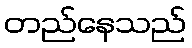
တည်နေသည်